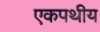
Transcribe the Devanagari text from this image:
एकपथीय